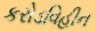
કરોડવિહીન